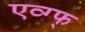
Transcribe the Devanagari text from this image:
एव्ग्फ्